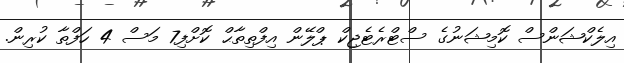
އިލެކްޝަންސް ކޮމިޝަނުގެ ސްޓްރެޓެޖިކް ޕްލޭން އިފްތިތާޙް ކޮށްފި7 މަސް 4 ހަފްތާ ކުރިން.